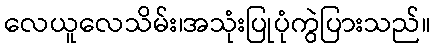
လေယူလေသိမ်း၊အသုံးပြုပုံကွဲပြားသည်။